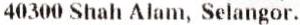
40300 SHAH ALAM, SELANGOR.